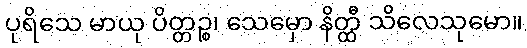
ပုရိသေ မာယု ပိတ္တဉ္စ၊ သေမှော နိတ္ထီ သိလေသုမော။